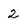
Character: 2